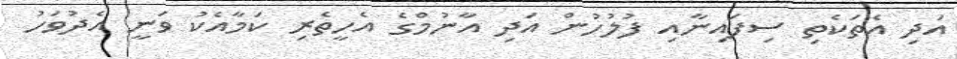
އަދި އެތަކެތި ސިފައިނާއި ފުލުހުން އަދި އާނުމްގެ އެހީތެރި ކަމާއެކު ވަނީ އެދުވަހު